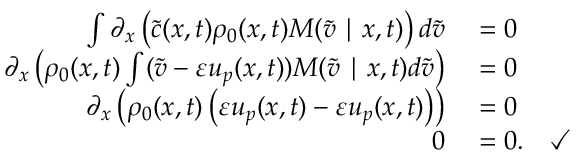
\begin{array} { r l } { \int \partial _ { x } \left( \tilde { c } ( x , t ) \rho _ { 0 } ( x , t ) M ( \tilde { v } \mid x , t ) \right) d \tilde { v } } & { { } = 0 } \\ { \partial _ { x } \left( \rho _ { 0 } ( x , t ) \int ( \tilde { v } - \varepsilon u _ { p } ( x , t ) ) M ( \tilde { v } \mid x , t ) d \tilde { v } \right) } & { { } = 0 } \\ { \partial _ { x } \left( \rho _ { 0 } ( x , t ) \left( \varepsilon u _ { p } ( x , t ) - \varepsilon u _ { p } ( x , t ) \right) \right) } & { { } = 0 } \\ { 0 } & { { } = 0 . \quad \checkmark } \end{array}